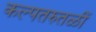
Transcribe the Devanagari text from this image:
कल्पतरुतळीं